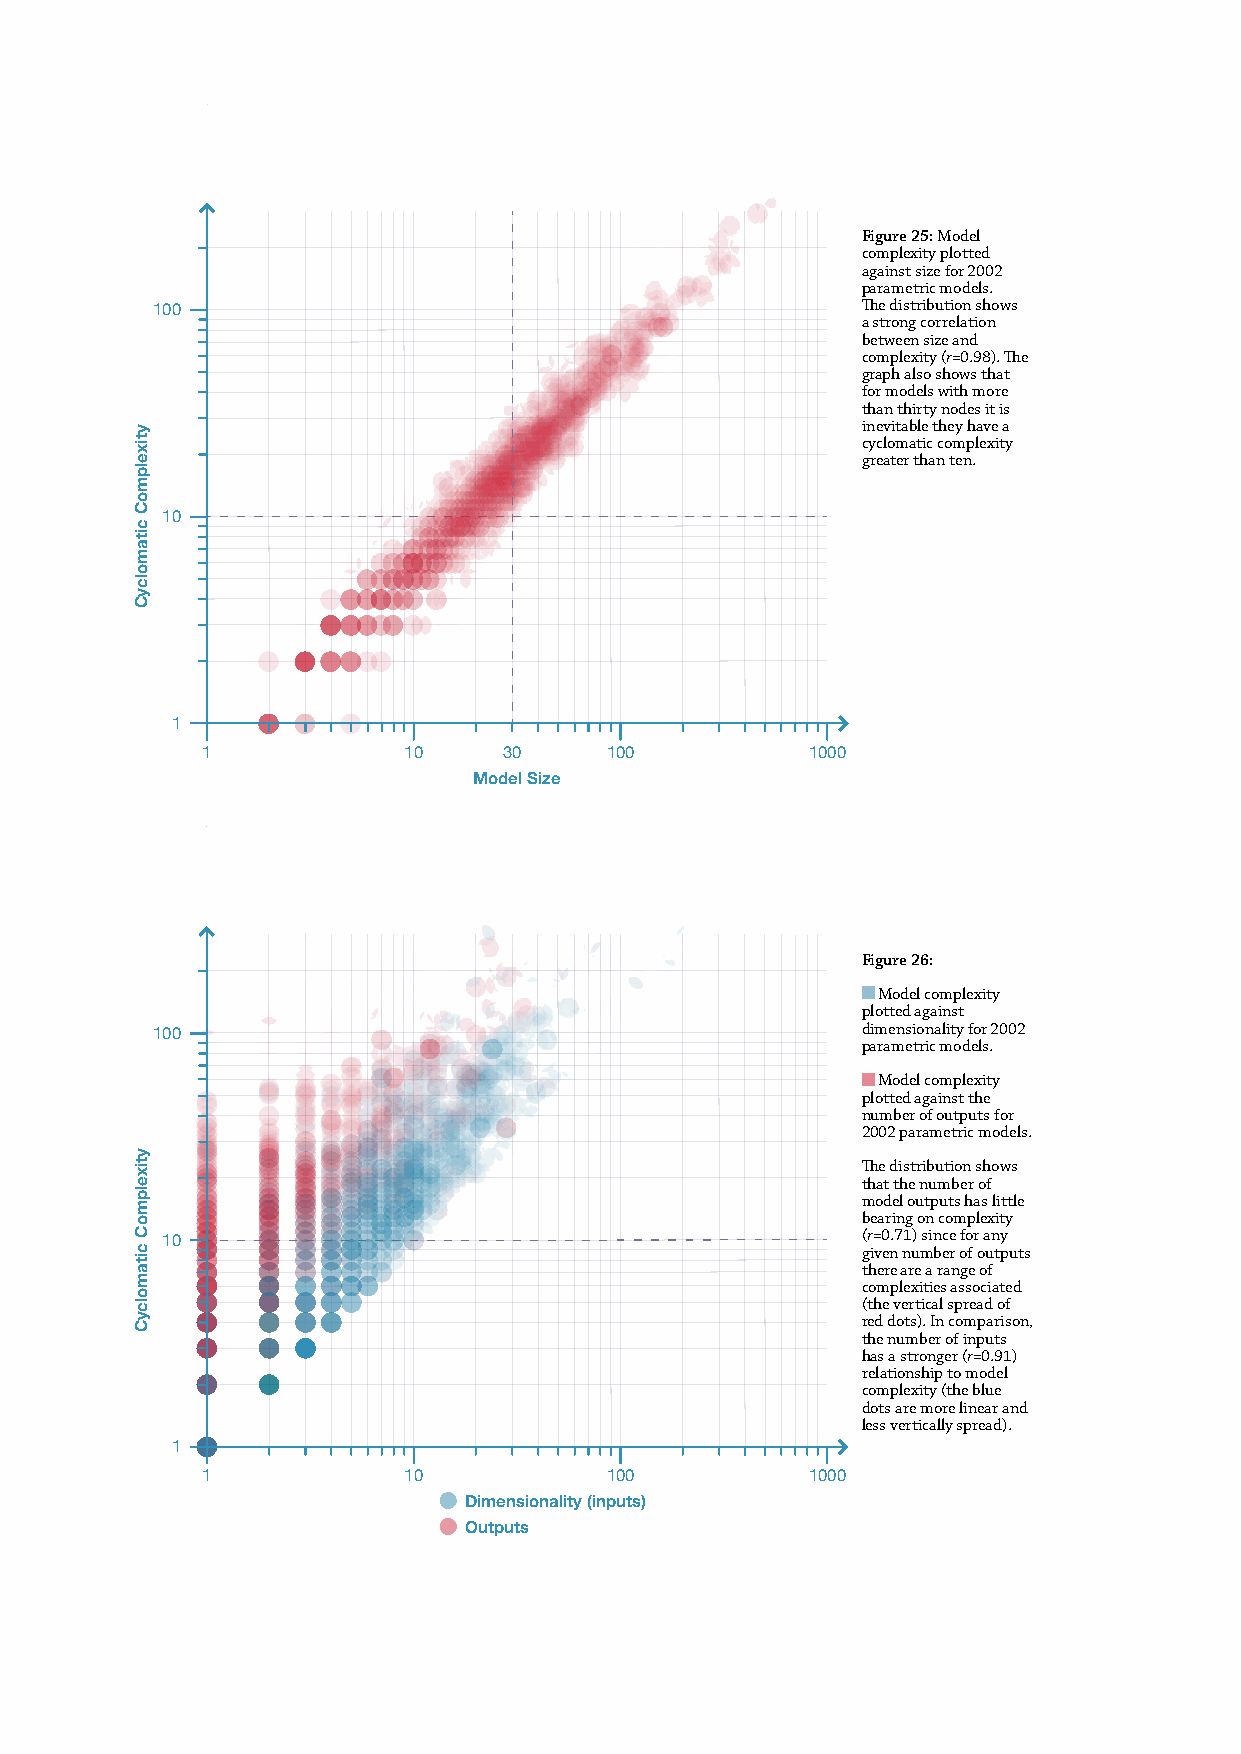
Figure 25: Model
 complexity plotted
 against size for 2002
 parametric models.
 The distribution shows
 100
 a strong correlation
 between size and
 complexity (r=0.98). The
 graph also shows that
 for models with more
 than thirty nodes it is
 inevitable they have a
 cyclomatic complexity
 greater than ten.
 10
 1
 1             10    30     100           1000
 Model Size
 Figure 26:
 Model complexity
 plotted against
 dimensionality for 2002
 100
 parametric models.
 Model complexity
 plotted against the
 number of outputs for
 2002 parametric models.
 The distribution shows
 that the number of
 model outputs has little
 bearing on complexity
 (r=0.71) since for any
 10                                            given number of outputs
 there are a range of
 complexities associated
 (the vertical spread of
 red dots). In comparison,
 the number of inputs
 has a stronger (r=0.91)
 relationship to model
 complexity (the blue
 dots are more linear and
 less vertically spread).
 1
 1             10           100           1000
 Dimensionality (inputs)
 Outputs
 ytixelpmoC
 citamolcyC
 ytixelpmoC
 citamolcyC